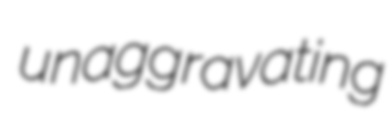
unaggravating